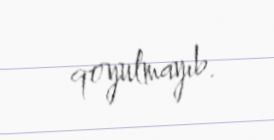
qoyulmayıb.